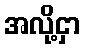
အလို့ငှာ